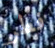
فطر